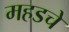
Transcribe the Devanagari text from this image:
महडचे